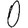
Digit: 0